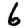
Digit: 6